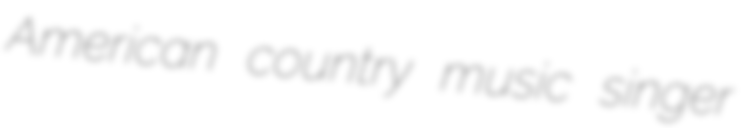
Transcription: American country music singer